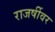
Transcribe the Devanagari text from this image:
राजर्षीवर